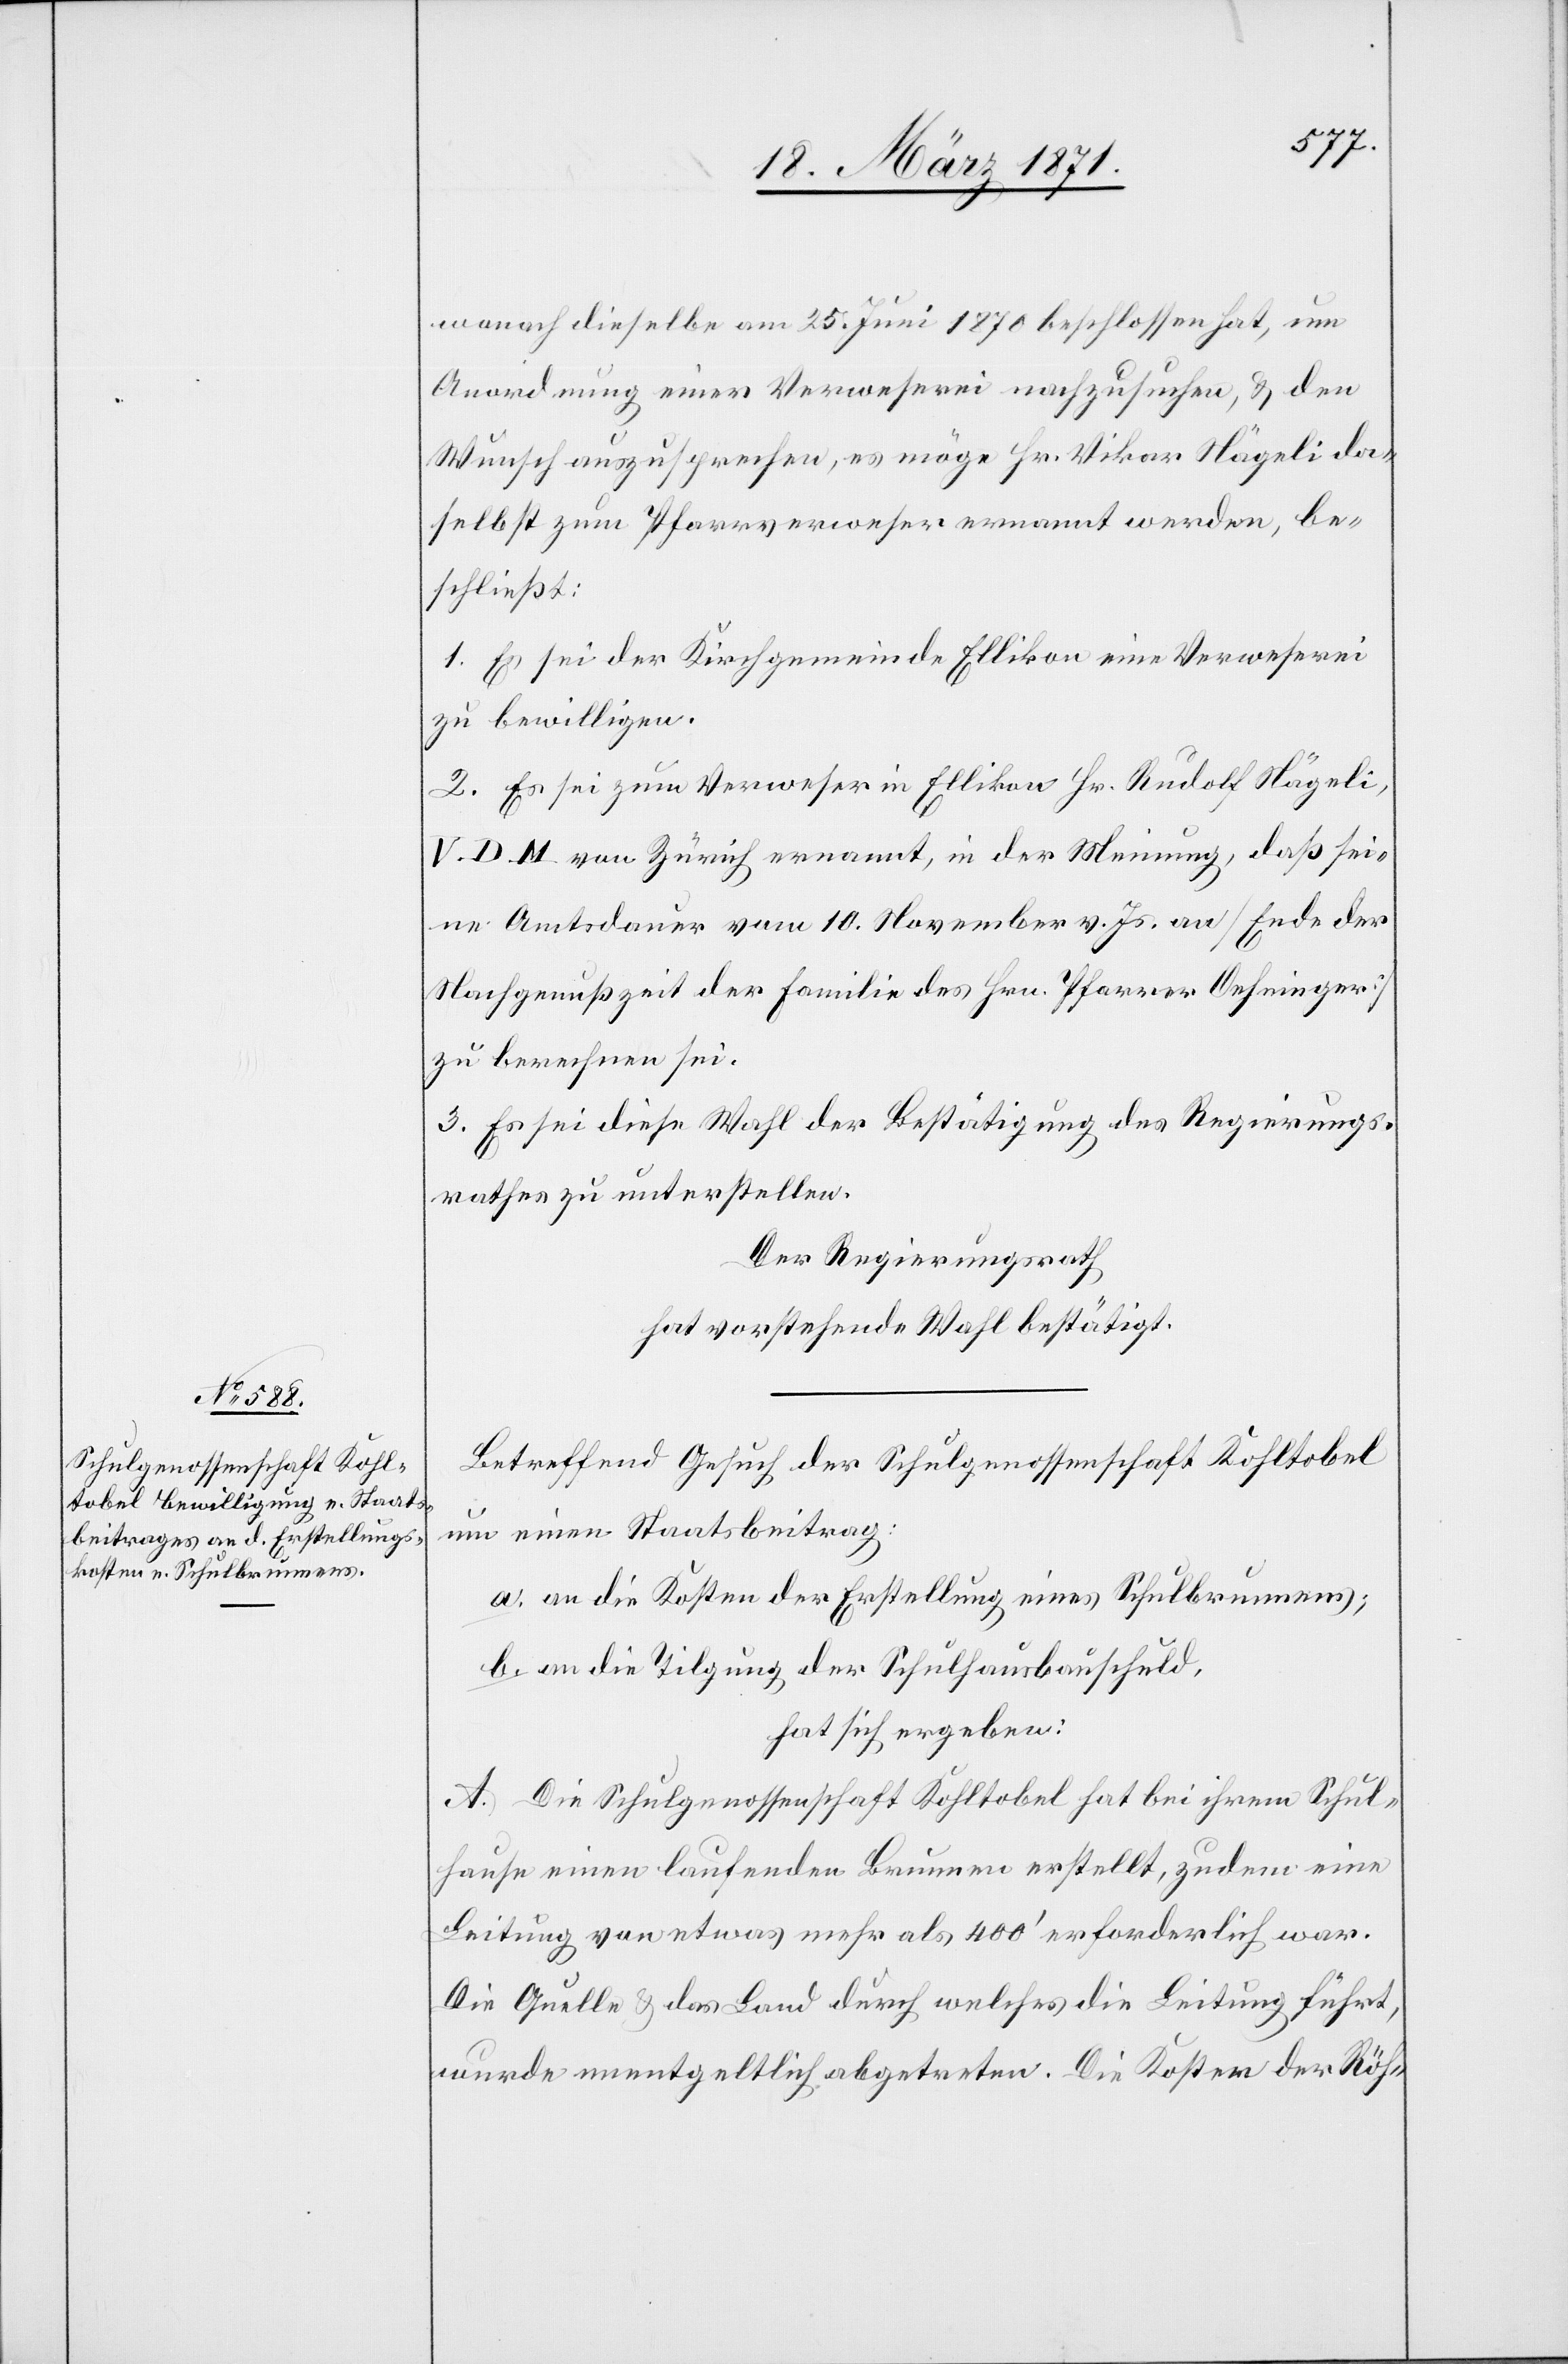
wonach dieselbe am 25. Juni 1870 beschlossen hat, um
Anordnung einer Verweserei nachzusuchen, u. den
Wunsch auszusprechen, es möge Hr. Vikar Nägeli da¬
selbst zum Pfarrverweser ernannt werden, be¬
schließt:
1. Es sei der Kirchgemeinde Ellikon eine Verweserei
zu bewilligen.
2. Es sei zum Verweser in Ellikon Hr. Rudolf Nägeli,
V. D. M. von Zürich ernannt, in der Meinung, daß sei¬
ne Amtsdauer vom 10. November v. Js. an [Ende der
Nachgenußzeit der Familie des Hrn. Pfarrer Oehninger]
zu berechnen sei.
3. Es sei diese Wahl der Bestätigung des Regierungs¬
rathes zu unterstellen.
Der Regierungsrath
hat vorstehende Wahl bestätigt.
Betreffend Gesuch der Schulgenossenschaft Kohltobel
um einen Staatsbeitrag:
a. an die Kosten der Erstellung eines Schulbrunnens;
b. an die Tilgung der Schulhausbauschuld,
hat sich ergeben:
A. Die Schulgenossenschaft Kohltobel hat bei ihrem Schul¬
hause einen laufenden Brunnen erstellt, zudem eine
Leitung von etwas mehr als 400‘ erforderlich war.
wurde unentgeltlich abgetreten. Die Kosten der Röh-